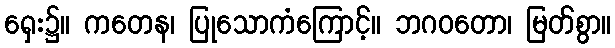
ရှေး၌။ ကတေန၊ ပြုသောကံကြောင့်။ ဘဂဝတော၊ မြတ်စွာ။